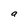
Character: a